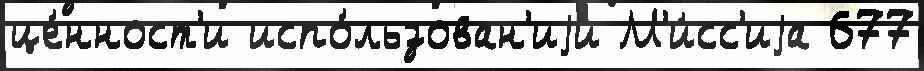
це́нност'и испо́льзован'иjи М'и́сс'иjа 677